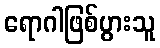
ရောဂါဖြစ်ပွားသူ